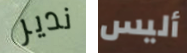
ندير أليس